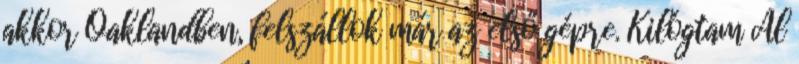
akkor Oaklandben, felszállok már az első gépre. Kilógtam Al